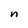
Character: n